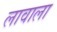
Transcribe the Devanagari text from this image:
लावाला